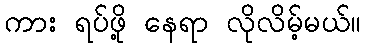
ကား ရပ်ဖို့ နေရာ လိုလိမ့်မယ်။